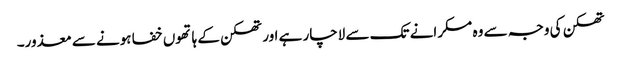
تھکن کی وجہ سے وہ مسکرانے تک سے لاچار ہے اور تھکن کے ہاتھوں خفا ہونے سے معذور۔